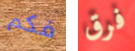
فكم فرق